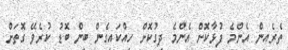
ތެރެއިން އެންމެ ފުޅާކޮށް އެންމެ ދިގުކޮށް ހިއްކައިގެން ބިން ބޮޑު ކުރެވޭ ގޮތަށް